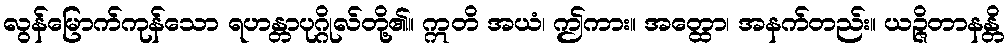
လွန်မြောက်ကုန်သော ရဟန္တာပုဂ္ဂိုလ်တို့၏။ ဣတိ အယံ၊ ဤကား။ အတ္ထော၊ အနက်တည်း။ ယဉ္ဇိတာနန္တိ